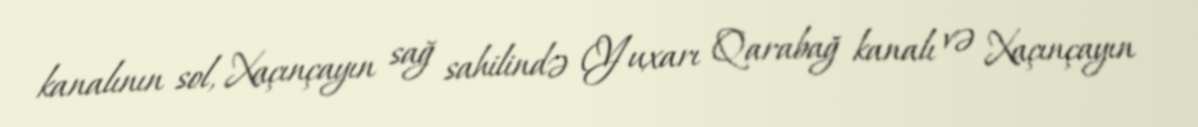
kanalının sol, Xaçınçayın sağ sahilində (Yuxarı Qarabağ kanalı və Xaçınçayın